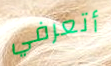
أتعرفي